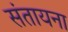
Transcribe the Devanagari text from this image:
संतायना